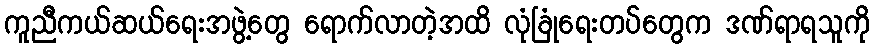
ကူညီကယ်ဆယ်ရေးအဖွဲ့တွေ ရောက်လာတဲ့အထိ လုံခြုံရေးတပ်တွေက ဒဏ်ရာရသူကို